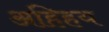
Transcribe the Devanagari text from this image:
अहिहय